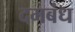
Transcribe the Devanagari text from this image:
दमबंध